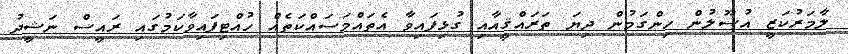
ލާމަރުކަޒީ އުސޫލުން ހިންގަމުން ދިޔަ ތަރައްޤީއާއި ގުޅިފައިވާ އެތައްމަސައްކަތެއް ހުއްޓިފައިވާކަމުގައި ރައީސް ނަޝީދު